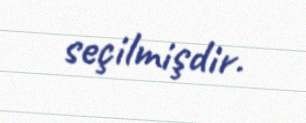
seçilmişdir.